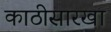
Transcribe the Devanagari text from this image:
काठीसारखा